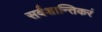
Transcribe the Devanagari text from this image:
सर्वशान्तिकरं